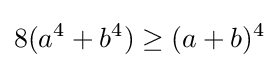
8(a^{4}+b^{4})\geq (a+b)^{4}